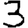
Digit: 3